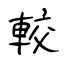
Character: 較